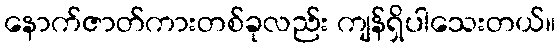
နောက်ဇာတ်ကားတစ်ခုလည်း ကျန်ရှိပါသေးတယ်။